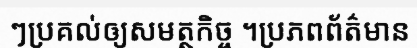
ៗប្រគល់ឲ្យសមត្ថកិច្ច ។ប្រភពព័ត៌មាន